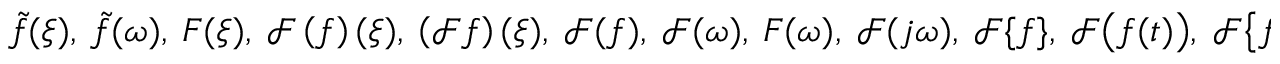
{ \tilde { f } } ( \xi ) , \ { \tilde { f } } ( \omega ) , \ F ( \xi ) , \ { \mathcal { F } } \left( f \right) ( \xi ) , \ \left( { \mathcal { F } } f \right) ( \xi ) , \ { \mathcal { F } } ( f ) , \ { \mathcal { F } } ( \omega ) , \ F ( \omega ) , \ { \mathcal { F } } ( j \omega ) , \ { \mathcal { F } } \{ f \} , \ { \mathcal { F } } { \bigl ( } f ( t ) { \bigr ) } , \ { \mathcal { F } } { \bigl \{ } f ( t ) { \bigr \} } .